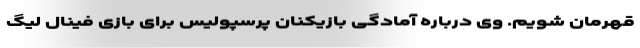
قهرمان شویم. وی درباره آمادگی بازیکنان پرسپولیس برای بازی فینال لیگ